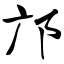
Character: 邝